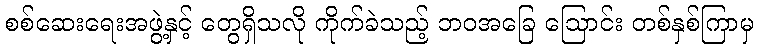
စစ်ဆေးရေးအဖွဲ့နှင့် တွေရှိသလို ကိုက်ခဲသည့် ဘဝအခြေ ဩောင်း တစ်နှစ်ကြာမှ